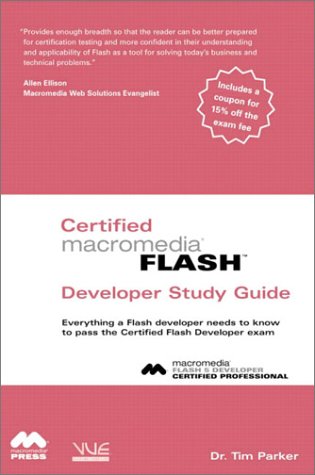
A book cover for Certified Flash Macromedia Developer Study Guide; Tim Parker; Computers & Technology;